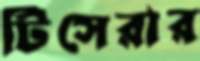
টিসেরার